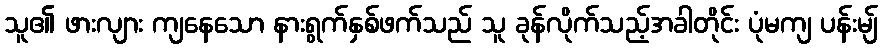
သူ၏ ဖားလျား ကျနေသော နားရွက်နှစ်ဖက်သည် သူ ခုန်လိုက်သည့်အခါတိုင်း ပုံမကျ ပန်းမျ်